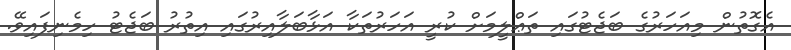
އެގޮތުން މިއަހަރުގެ ބަޖެޓުގައި ތަޢްލީމަށް ކުރީ އަހަރުތަކާ އަޅާބަލާއިރުގައި އިތުރު ބަޖެޓު ހިމެނިފައިވޭ.